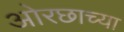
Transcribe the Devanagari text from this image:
ओरछाच्या